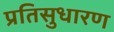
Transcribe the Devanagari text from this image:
प्रतिसुधारण